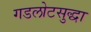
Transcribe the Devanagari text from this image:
गडलोटसुद्धा